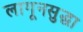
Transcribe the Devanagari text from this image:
लागूनसुद्धा